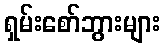
ရှမ်းစော်ဘွားများ